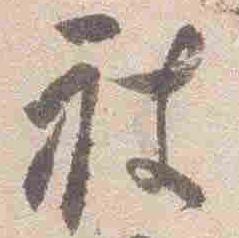
被